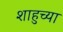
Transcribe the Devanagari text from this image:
शाहुच्या